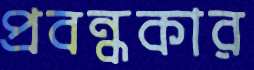
প্রবন্ধকার